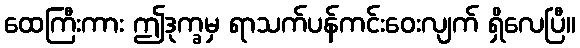
ထေကြီးကား ဤဒုက္ခမှ ရာသက်ပန်ကင်းဝေးလျက် ရှိလေပြီ။